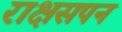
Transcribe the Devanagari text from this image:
राक्षसपन